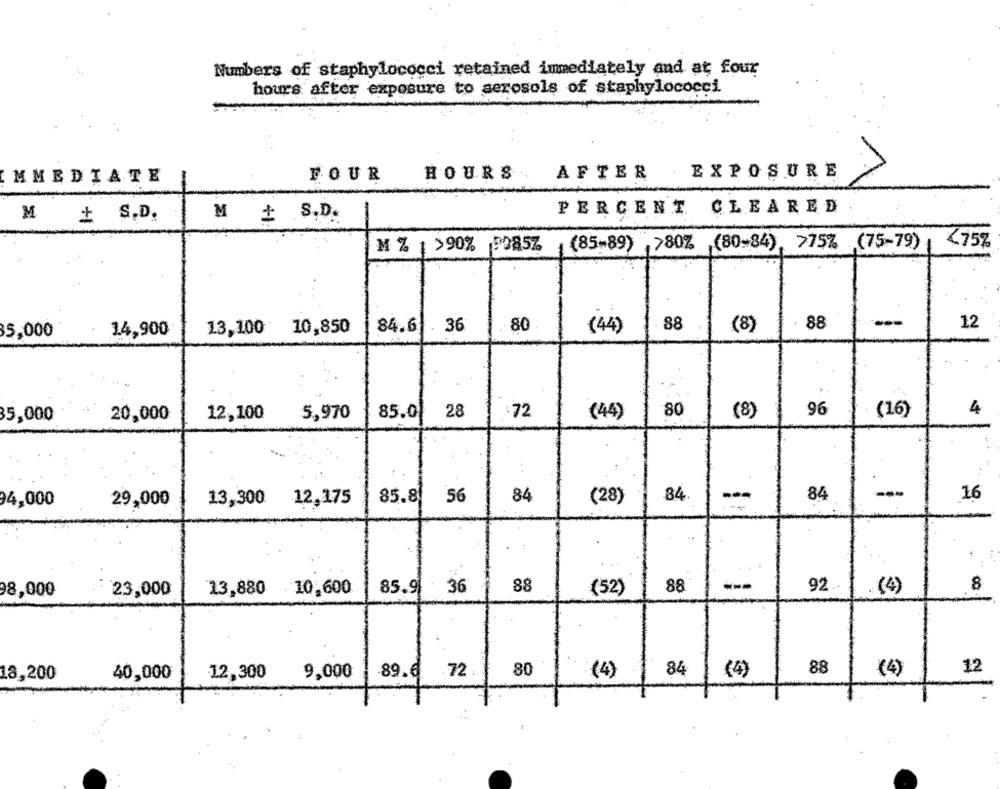
Numbers of staphylococci retained immediately and at four
hours after exposure to aerosols of staphylococci.
EXPOSURE
MMEDIATE
FOUR
HOURS
AFTER
M
-
PERCENT CLEARED
+ S.D.
M + S.D.
(85-89) ,>80% (80-84), 775% (75-79)
₹75%
M % 1 >90% 9085Z
--
12
14,900
13,100 10,850
84.6
. 36
80
(44)
88
(8)
88
35,000
96
4
35,000
20,000
12,100
5,970
85.0
28
72
(44)
80
(8)
(16)
85.8
56
84
84
---
84
-
16
34,000
29,000
13,300
12,175
(28)
98,000
23,000
13,880 10,600
85.9 36
88
(52)
88
-
92
(4)
8
84
88
(4)
12
18,200
40,000
12,300
9,000
89.6 72 :
80
:(4)
(4)